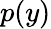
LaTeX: p(y)